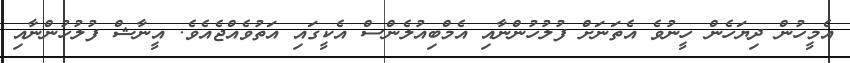
އެމީހުން ދިޔަހެން ހީނުވެ އެތަނަށް ފުލުހުންނާއި އެމްބިއުލެންސް އެކީގައި އަތުވެއްޖެއެވެ. އީނާޝް ފުލުހުންނާއި